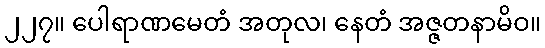
၂၂၇။ ပေါရာဏမေတံ အတုလ၊ နေတံ အဇ္ဇတနာမိဝ။